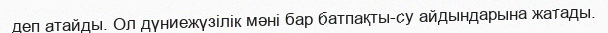
деп атайды. Ол дүниежүзілік мәні бар батпақты-су айдындарына жатады.